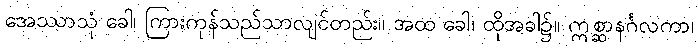
အေဿာသုံ ခေါ၊ ကြားကုန်သည်သာလျင်တည်း။ အထ ခေါ၊ ထိုအခါ၌။ ဣစ္ဆာနင်္ဂလကာ၊